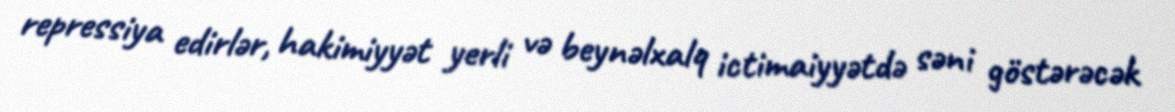
repressiya edirlər, hakimiyyət yerli və beynəlxalq ictimaiyyətdə səni göstərəcək